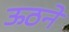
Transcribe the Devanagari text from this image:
ऊठने